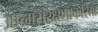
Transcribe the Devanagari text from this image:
आत्मसंरक्षणाकरिता